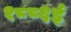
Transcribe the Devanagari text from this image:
१८८६ई